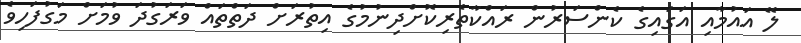
ލޭ އައުމާއި އަގައިގެ ކެންސަރުން ރައްކާތެރިކޮށްދިނުމުގެ އިތުރަށް ދަތްތައް ވަރަގުދަ ވުމަށް މަގުފަހިވެ